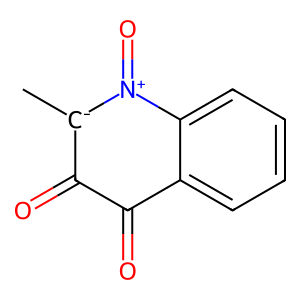
SMILES: C[C-]1C(=O)C(=O)c2ccccc2[N+]1=O
Inhibits HIV replication: No